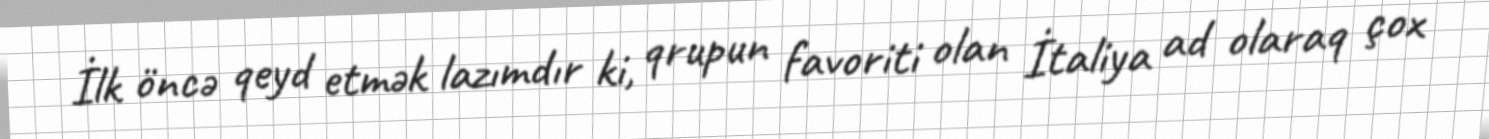
İlk öncə qeyd etmək lazımdır ki, qrupun favoriti olan İtaliya ad olaraq çox